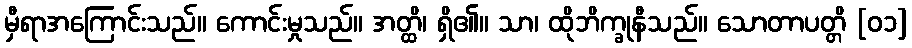
မှီရာအကြောင်းသည်။ ကောင်းမှုသည်။ အတ္ထိ၊ ရှိ၏။ သာ၊ ထိုဘိက္ခုနီသည်။ သောတာပတ္တိ [၀၁]